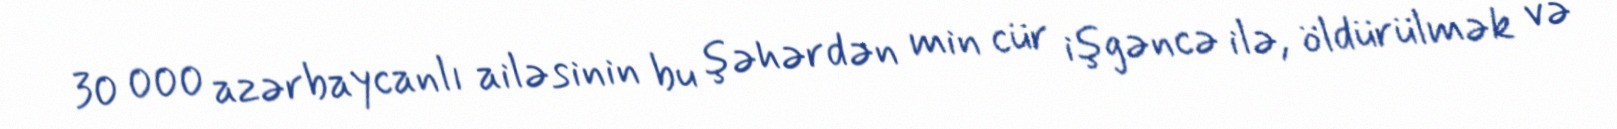
30 000 azərbaycanlı ailəsinin bu şəhərdən min cür işgəncə ilə, öldürülmək və